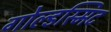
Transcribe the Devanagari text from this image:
गोल्डस्मिट